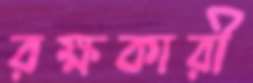
রক্ষকারী